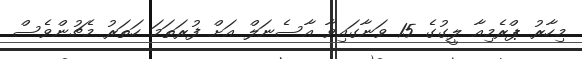
މިހާރު ޕްރެމިއާ ލީގުގެ 15 ވަނާގައިވާ އާސެނަލް އަށް ފުރަތަމަ ހަތަރު މެޗުންވެސް